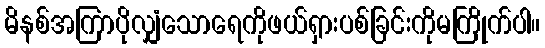
မိနစ်အကြာပိုလျှံသောရေကိုဖယ်ရှားပစ်ခြင်းကိုမကြိုက်ပါ။